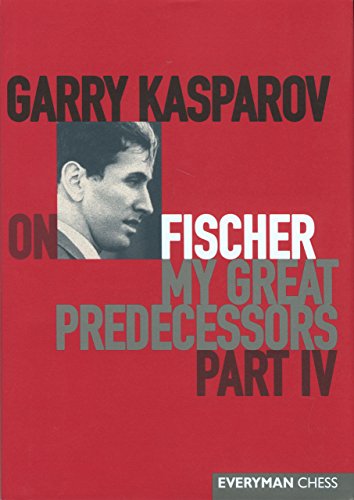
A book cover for Garry Kasparov on Fischer: Garry Kasparov On My Great Predecessors, Part 4; Garry Kasparov; Humor & Entertainment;